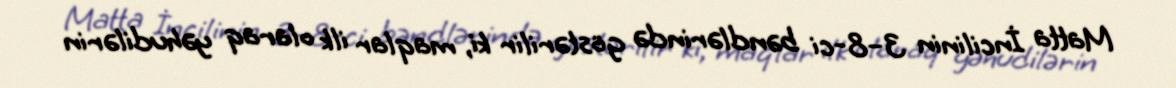
Matta İncilinin 3–8-ci bəndlərində göstərilir ki, maqlar ilk olaraq yəhudilərin